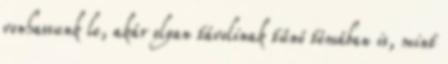
vonhassunk le, akár olyan távolinak tűnő témában is, mint